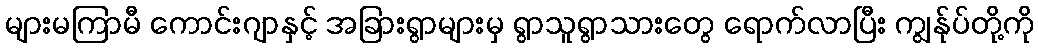
များမကြာမီ ကောင်းဂျာနှင့် အခြားရွာများမှ ရွာသူရွာသားတွေ ရောက်လာပြီး ကျွန်ုပ်တို့ကို